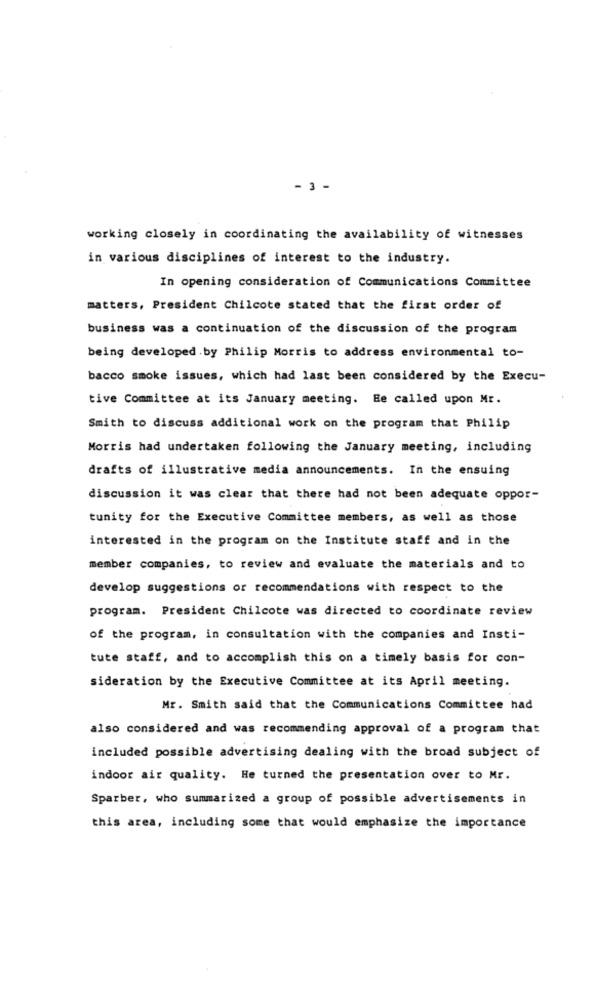
- 3-
working closely in coordinating the availability of witnesses
in various disciplines of interest to the industry.
In opening consideration of Communications Committee
matters, President Chilcote stated that the first order of
business was a continuation of the discussion of the program
being developed.by Philip Morris to address environmental to-
bacco smoke issues, which had last been considered by the Execu-
tive Committee at its January meeting. He called upon Mr.
Smith to discuss additional work on the program that Philip
Morris had undertaken following the January meeting, including
drafts of illustrative media announcements. In the ensuing
discussion it was clear that there had not been adequate oppor-
tunity for the Executive Committee members, as well as those
interested in the program on the Institute staff and in the
member companies, to review and evaluate the materials and to
develop suggestions or recommendations with respect to the
program. President Chilcote was directed to coordinate review
of the program, in consultation with the companies and Insti-
tute staff, and to accomplish this on a timely basis for con-
sideration by the Executive Committee at its April meeting.
Mr. Smith said that the Communications Committee had
also considered and was recommending approval of a program that
included possible advertising dealing with the broad subject of
indoor air quality. He turned the presentation over to Mr.
Sparber, who summarized a group of possible advertisements in
this area, including some that would emphasize the importance